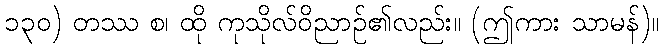
၁၃၀) တဿ စ၊ ထို ကုသိုလ်ဝိညာဉ်၏လည်း။ (ဤကား သာမန်)။